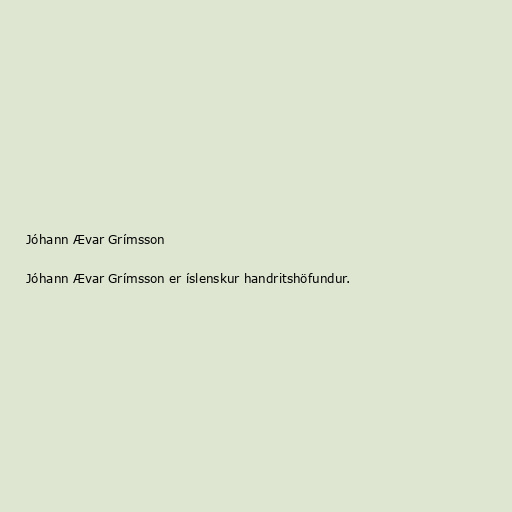
Jóhann Ævar Grímsson

Jóhann Ævar Grímsson er íslenskur handritshöfundur.